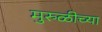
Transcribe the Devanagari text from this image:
मुरुळीच्या